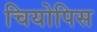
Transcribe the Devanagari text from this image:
चियोपिस